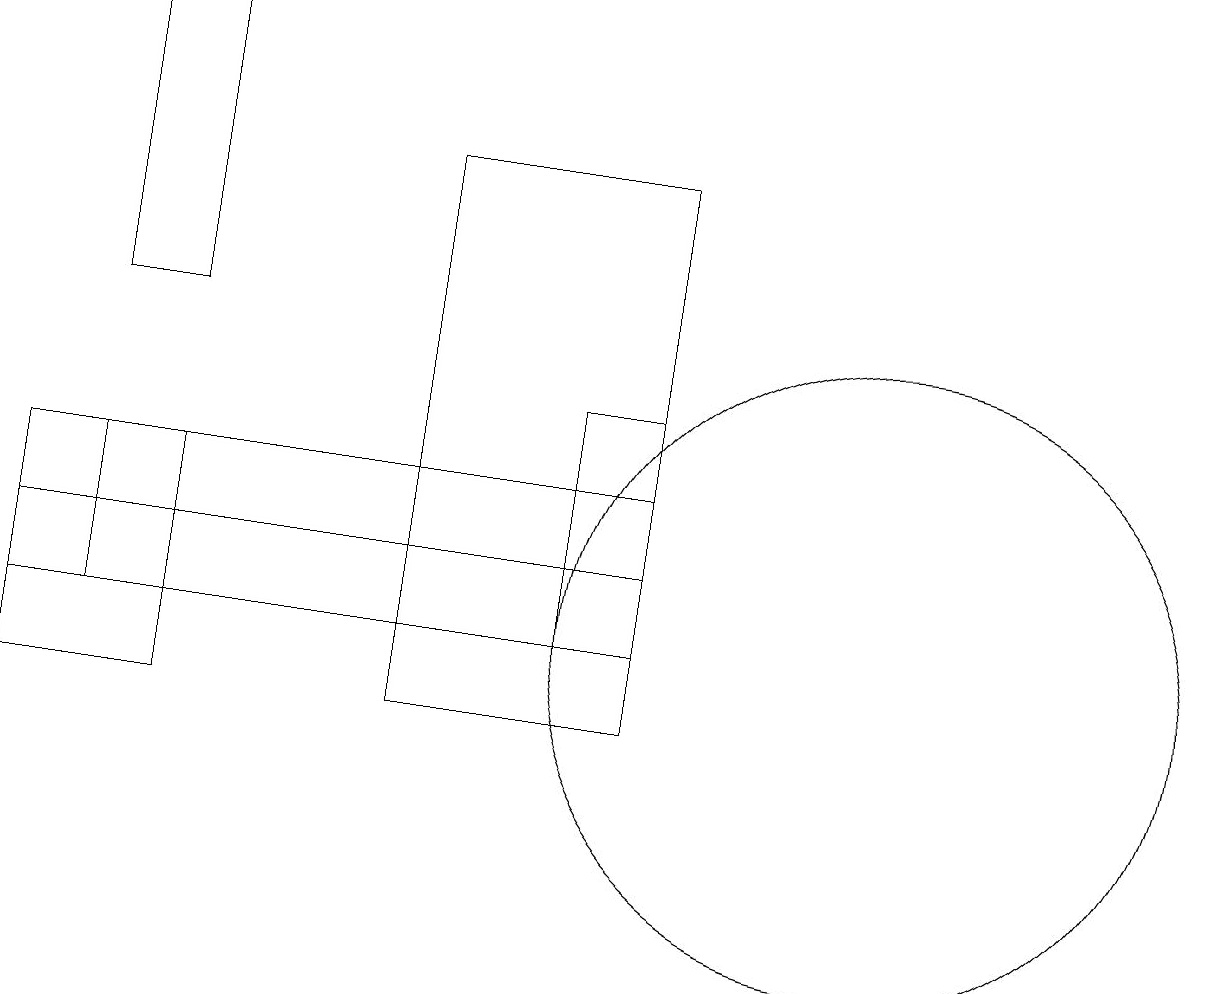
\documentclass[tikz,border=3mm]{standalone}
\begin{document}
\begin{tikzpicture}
\draw (11,11) circle (4);
\draw (1,15) rectangle (2,19);
\draw (7,12) rectangle (8,14);
\draw (0,11) rectangle (7,12);
\draw (1,11) rectangle (8,13);
\draw (8,10) rectangle (5,17);
\draw (2,10) rectangle (0,13);
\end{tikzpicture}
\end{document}